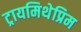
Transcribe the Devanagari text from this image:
ट्रायमिथेप्रिम